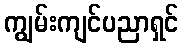
ကျွမ်းကျင်ပညာရှင်